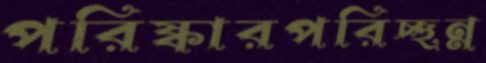
পরিষ্কারপরিচ্ছন্ন